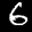
Label: 6